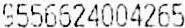
9556624004265